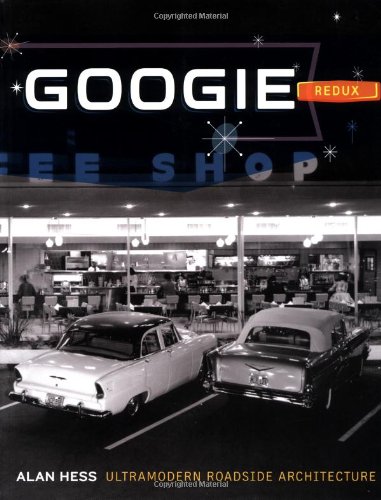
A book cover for Googie Redux: Ultramodern Roadside Architecture; Alan Hess; Arts & Photography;